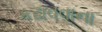
કઢાવવાના